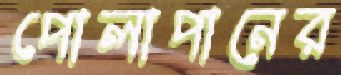
পোলাপানের